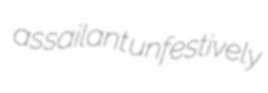
assailant unfestively